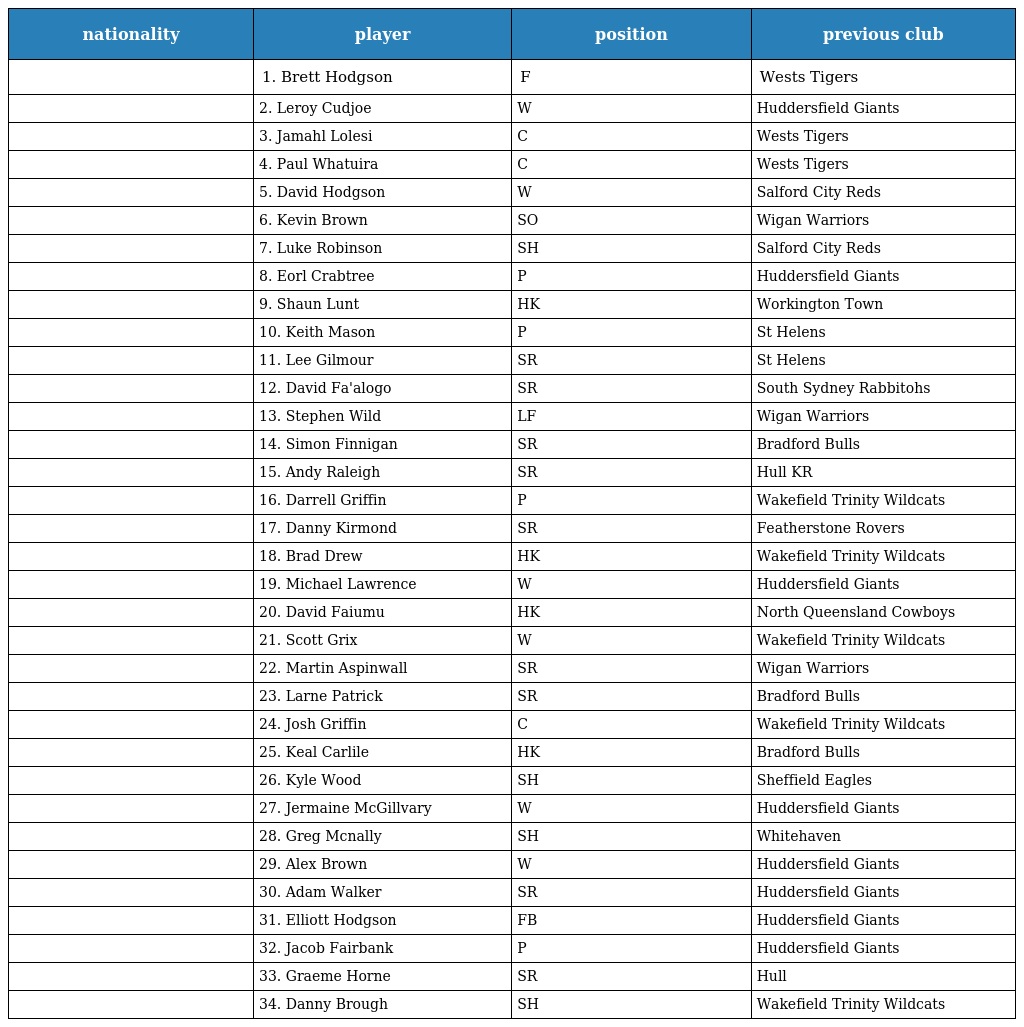
| nationality | player | position | previous club |
 | --- | --- | --- | --- |
 |  | 1. Brett Hodgson | F | Wests Tigers |
 |  | 2. Leroy Cudjoe | W | Huddersfield Giants |
 |  | 3. Jamahl Lolesi | C | Wests Tigers |
 |  | 4. Paul Whatuira | C | Wests Tigers |
 |  | 5. David Hodgson | W | Salford City Reds |
 |  | 6. Kevin Brown | SO | Wigan Warriors |
 |  | 7. Luke Robinson | SH | Salford City Reds |
 |  | 8. Eorl Crabtree | P | Huddersfield Giants |
 |  | 9. Shaun Lunt | HK | Workington Town |
 |  | 10. Keith Mason | P | St Helens |
 |  | 11. Lee Gilmour | SR | St Helens |
 |  | 12. David Fa'alogo | SR | South Sydney Rabbitohs |
 |  | 13. Stephen Wild | LF | Wigan Warriors |
 |  | 14. Simon Finnigan | SR | Bradford Bulls |
 |  | 15. Andy Raleigh | SR | Hull KR |
 |  | 16. Darrell Griffin | P | Wakefield Trinity Wildcats |
 |  | 17. Danny Kirmond | SR | Featherstone Rovers |
 |  | 18. Brad Drew | HK | Wakefield Trinity Wildcats |
 |  | 19. Michael Lawrence | W | Huddersfield Giants |
 |  | 20. David Faiumu | HK | North Queensland Cowboys |
 |  | 21. Scott Grix | W | Wakefield Trinity Wildcats |
 |  | 22. Martin Aspinwall | SR | Wigan Warriors |
 |  | 23. Larne Patrick | SR | Bradford Bulls |
 |  | 24. Josh Griffin | C | Wakefield Trinity Wildcats |
 |  | 25. Keal Carlile | HK | Bradford Bulls |
 |  | 26. Kyle Wood | SH | Sheffield Eagles |
 |  | 27. Jermaine McGillvary | W | Huddersfield Giants |
 |  | 28. Greg Mcnally | SH | Whitehaven |
 |  | 29. Alex Brown | W | Huddersfield Giants |
 |  | 30. Adam Walker | SR | Huddersfield Giants |
 |  | 31. Elliott Hodgson | FB | Huddersfield Giants |
 |  | 32. Jacob Fairbank | P | Huddersfield Giants |
 |  | 33. Graeme Horne | SR | Hull |
 |  | 34. Danny Brough | SH | Wakefield Trinity Wildcats |